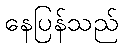
နေပြန်သည်